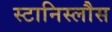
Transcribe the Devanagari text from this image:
स्टानिस्लौस